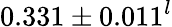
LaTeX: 0.331\pm 0.011^{l}